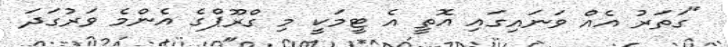
"ގަތަރު އެއް ވަނައިގައި އޮތީ އެ ޓީމަކީ މި ގްރޫޕްގެ އެންމެ ވަރުގަދަ